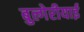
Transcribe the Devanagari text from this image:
बुल्गेरीयाई